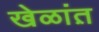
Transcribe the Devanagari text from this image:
खेळांत़